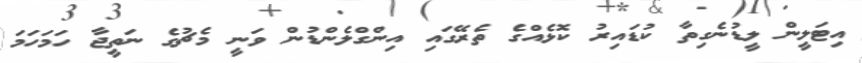
އިޓަލީން ލީޑުނެގިތާ ކުޑައިރު ކޮޅެއްގެ ތެރޭގައި އިންގްލެންޑުން ވަނީ މެޗުގެ ނަތީޖާ ހަމަހަމަ